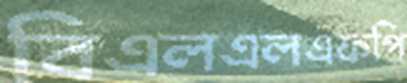
বিএলএলএফপি